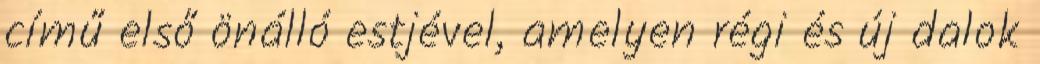
című első önálló estjével, amelyen régi és új dalok